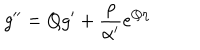
g ^ { \prime \prime } = Q g ^ { \prime } + \frac { \rho } { \alpha ^ { \prime } } e ^ { Q \eta }